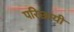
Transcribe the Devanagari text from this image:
परिछायी